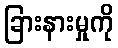
ခြားနားမှုကို